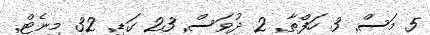
5 މަސް